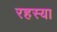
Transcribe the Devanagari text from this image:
रहस्या